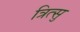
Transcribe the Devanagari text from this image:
त्रित्सु